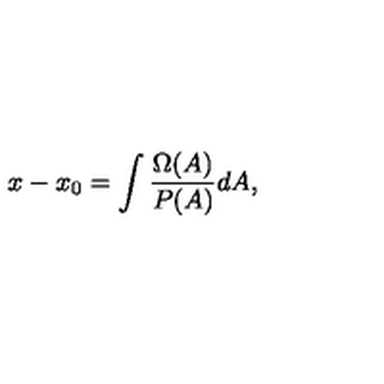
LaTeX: x - x _ { 0 } = \int \frac { \Omega ( A ) } { P ( A ) } d A ,